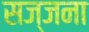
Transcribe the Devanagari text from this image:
सज्जना